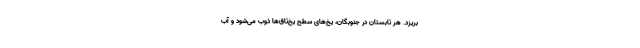
بریزد. هر تابستان در جنوبگان، یخ‌های سطح یخ‌تاق‌ها ذوب می‌شود و آب